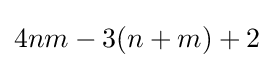
4nm-3(n+m)+2